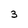
Character: 3